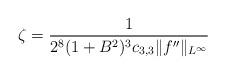
LaTeX: \begin{align*}\zeta=\frac{1}{2^8(1+B^2)^3c_{3,3}\|f''\|_{L^\infty}}\end{align*}